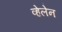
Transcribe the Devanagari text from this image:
व्हेलेन